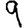
Digit: 9